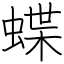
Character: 蝶